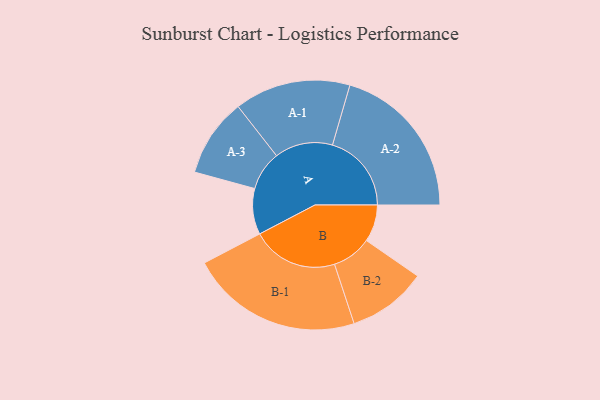
{"axis": {"x": "Segment", "y": "Value"}, "legend": ["", "A", "B"], "data": [{"x": "A", "y": 125, "type": ""}, {"x": "B", "y": 101, "type": ""}, {"x": "A-1", "y": 158, "type": "A"}, {"x": "A-2", "y": 215, "type": "A"}, {"x": "A-3", "y": 107, "type": "A"}, {"x": "B-1", "y": 235, "type": "B"}, {"x": "B-2", "y": 108, "type": "B"}]}